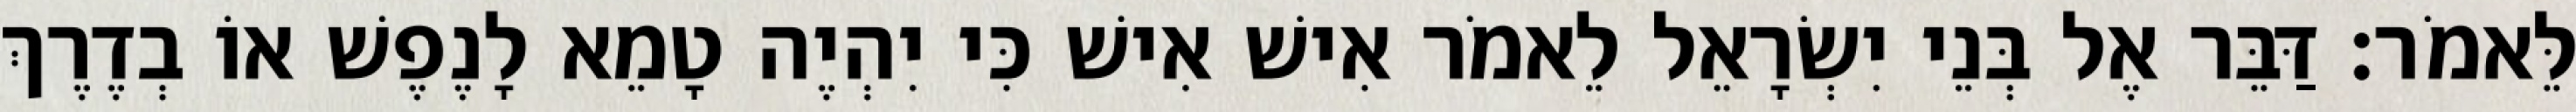
לֵּאמֹר׃ דַּבֵּר אֶל בְּנֵי יִשְׂרָאֵל לֵאמֹר אִישׁ אִישׁ כִּי יִהְיֶה טָמֵא לָנֶפֶשׁ אוֹ בְדֶרֶךְ